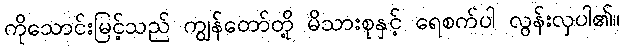
ကိုသောင်းမြင့်သည် ကျွန်တော်တို့ မိသားစုနှင့် ရေစက်ပါ လွန်းလှပါ၏။